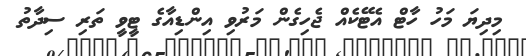
މިދިޔަ މަހު ހާޓް އެޓޭކެއް ޖެހިގެން މަރުވި އިންޑިއާގެ ޓީވީ ތަރި ސިދާތު